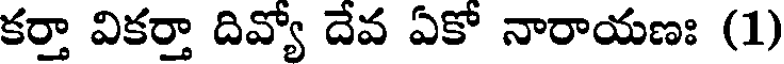
కర్తా వికర్తా దివ్యో దేవ ఏకో నారాయణః (1)